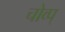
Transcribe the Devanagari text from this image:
चोव्प्